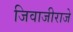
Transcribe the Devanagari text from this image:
जिवाजीराजे